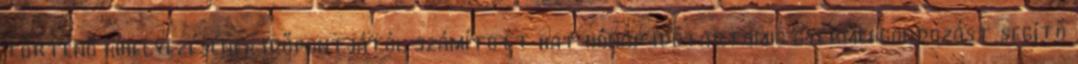
történő kihelyezésének időpontjától számított hat hónap időtartamig gyermekgondozást segítő